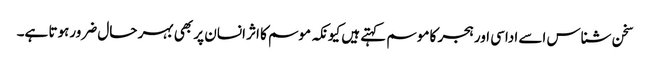
سخن شناس اسے اداسی اور ہجر کا موسم کہتے ہیں کیونکہ موسم کا اثر انسان پر بھی بہر حال ضرورہوتا ہے۔